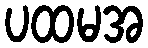
ပထမအ